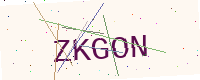
Text: ZKGON